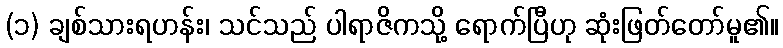
(၁) ချစ်သားရဟန်း၊ သင်သည် ပါရာဇိကသို့ ရောက်ပြီဟု ဆုံးဖြတ်တော်မူ၏။